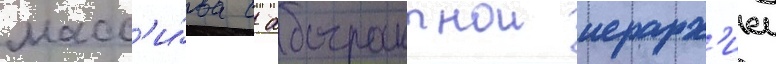
масс'и́ва с абстрактнои иерарх'иеи